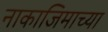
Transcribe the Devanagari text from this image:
नाकाजिमाच्या